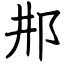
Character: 𨙷